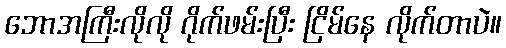
ဘောအကြီးလိုလို ဂိုက်ဖမ်းပြီး ငြိမ်နေ လိုက်တာပဲ။